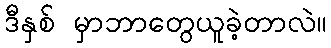
ဒီနှစ် မှာဘာတွေယူခဲ့တာလဲ။